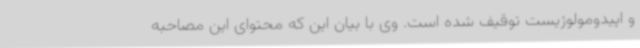
و اپیدومولوژیست توقیف شده است. وی با بیان این که محتوای این مصاحبه